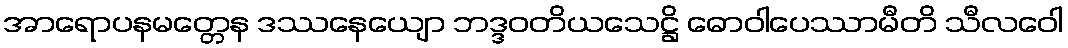
အာရောပနမတ္တေန ဒဿနေယျော ဘဒ္ဒဝတိယသေဋ္ဌိ ဓောဝါပေဿာမီတိ သီလဝေါ